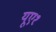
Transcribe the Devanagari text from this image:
यूए१